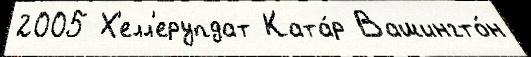
2005 Х'елл'ерупдат Ката́р Вашингто́н